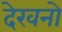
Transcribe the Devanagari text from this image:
देखनो